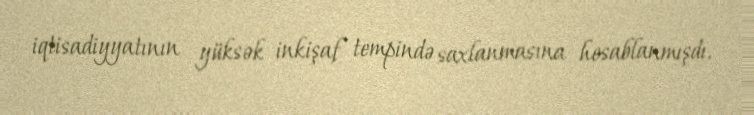
iqtisadiyyatının yüksək inkişaf tempində saxlanmasına hesablanmışdı.